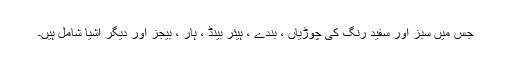
جس میں سبز اور سفید رنگ کی چوڑیاں ، بندے ، ہیئر بینڈ ، ہار ، بیجز اور دیگر اشیا شامل ہیں۔